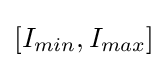
[I_{min},I_{max}]